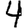
Digit: 4